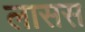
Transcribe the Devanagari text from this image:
लासस